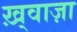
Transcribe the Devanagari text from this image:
ख़्वाज़ा